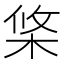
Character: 𣒼